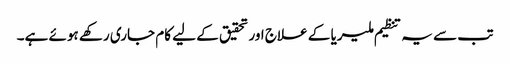
تب سے یہ تنظیم ملیریا کے علاج اور تحقیق کے لیے کام جاری رکھے ہوئے ہے۔